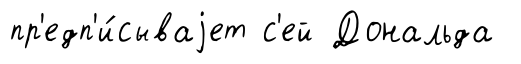
пр'едп'и́сываjет с'ей Дональда